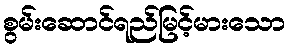
စွမ်းဆောင်ရည်မြင့်မားသော